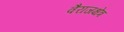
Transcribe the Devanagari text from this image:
वैराजक्षेत्र